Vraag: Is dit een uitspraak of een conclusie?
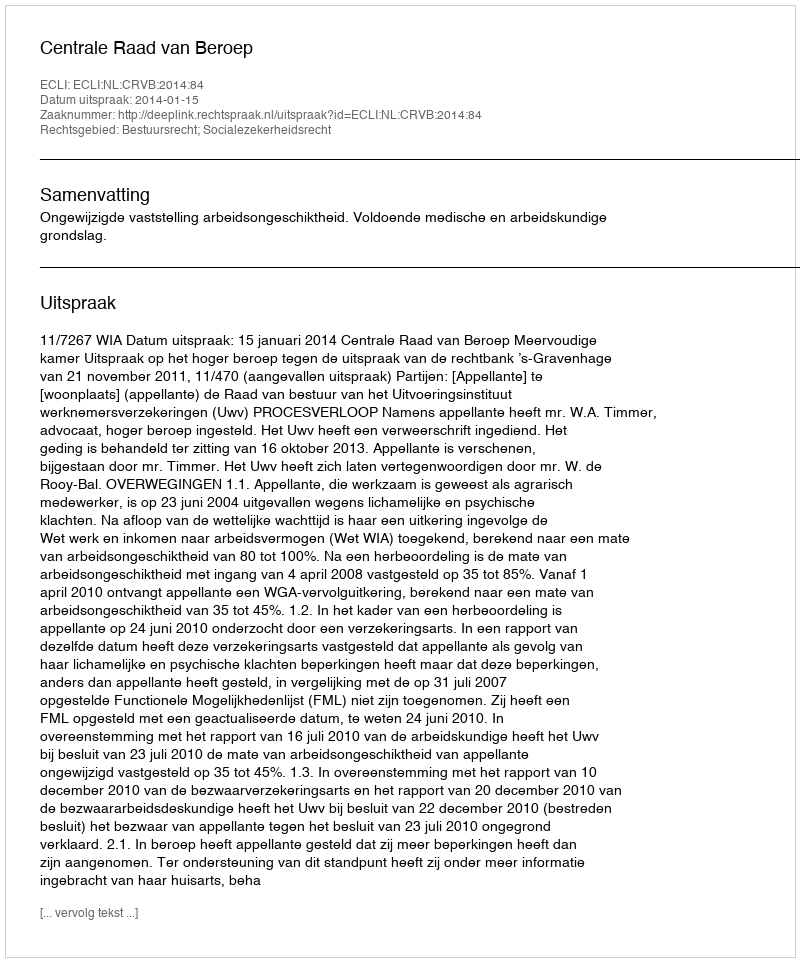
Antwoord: Uitspraak